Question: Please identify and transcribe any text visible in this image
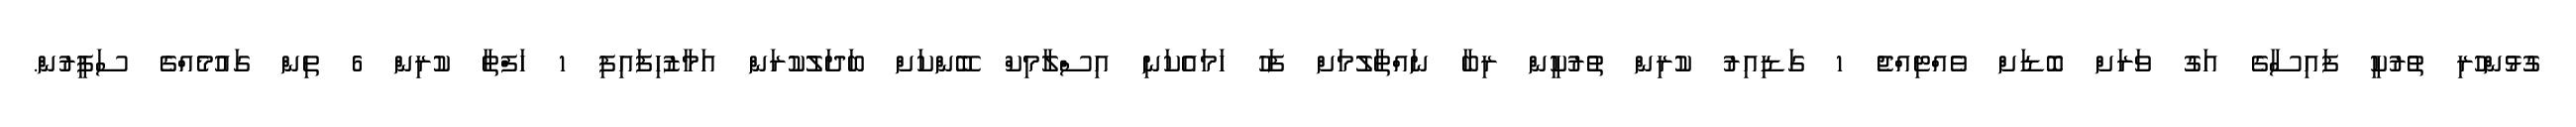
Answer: ގުޅުންހުރި ތުރުކީ ފައިސާގެ އަގު ވަރަށް ބޮޑަށް ވެއްޓިއްޖެ 1 ގަޑިއިރު ކުރިން ތުރުކީން ރިބާ ނައްތާލުމަށް ފަހު ހަމައެކަނި އިސްލާމިކް ބޭންކަށް ބަދަލުކުރަން އަމާޒުހިފައިފި 1 ހަފްތާ ކުރިން 6 ތިން ގައުމެއްގެ ސަފީރުން.